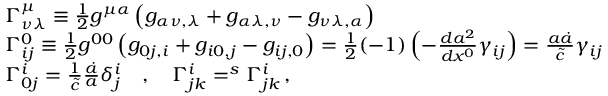
\begin{array} { r l } & { \Gamma _ { \nu \lambda } ^ { \mu } \equiv \frac { 1 } { 2 } g ^ { \mu \alpha } \left( g _ { \alpha \nu , \lambda } + g _ { \alpha \lambda , \nu } - g _ { \nu \lambda , \alpha } \right) \, } \\ & { \Gamma _ { i j } ^ { 0 } \equiv \frac { 1 } { 2 } g ^ { 0 0 } \left( g _ { 0 j , i } + g _ { i 0 , j } - g _ { i j , 0 } \right) = \frac { 1 } { 2 } ( - 1 ) \left( - \frac { d a ^ { 2 } } { d x ^ { 0 } } \gamma _ { i j } \right) = \frac { a \dot { a } } { \tilde { c } } \gamma _ { i j } } \\ & { \Gamma _ { 0 j } ^ { i } = \frac { 1 } { \tilde { c } } \frac { \dot { a } } { a } \delta _ { j } ^ { i } \quad , \quad \Gamma _ { j k } ^ { i } = ^ { s } \Gamma _ { j k } ^ { i } \, , } \end{array}